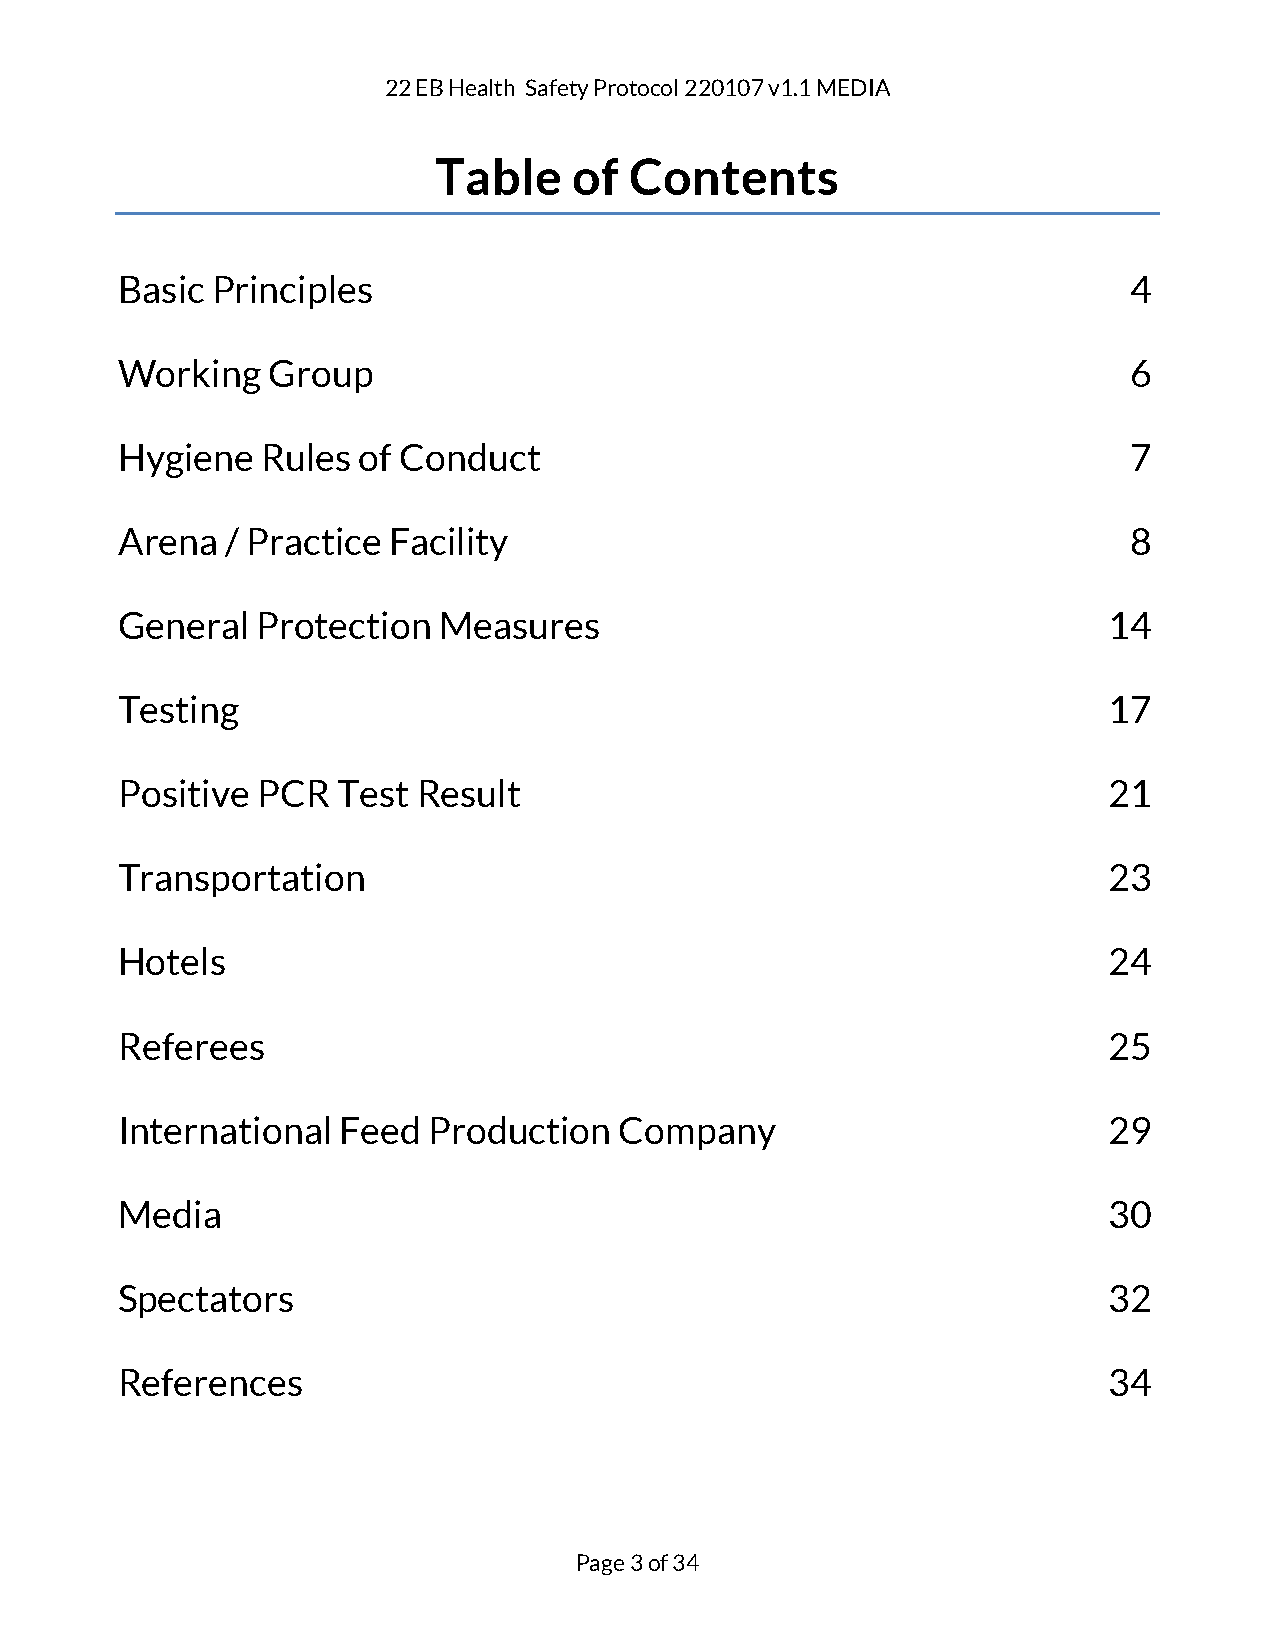
22 EB Health Safety Protocol 220107 v1.1 MEDIA
 Table    of  Contents
 Basic Principles                                                   4
 Working   Group                                                    6
 Hygiene  Rules  of Conduct                                         7
 Arena  / Practice Facility                                         8
 General  Protection  Measures                                    14
 Testing                                                          17
 Positive PCR  Test  Result                                       21
 Transportation                                                   23
 Hotels                                                           24
 Referees                                                         25
 International Feed  Production   Company                         29
 Media                                                            30
 Spectators                                                       32
 References                                                       34
 Page 3 of 34